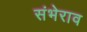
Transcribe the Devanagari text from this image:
संभेराव